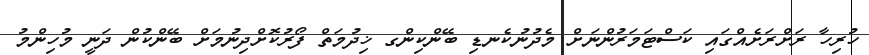
ހުރިހާ ރަށްރަށެއްގައި ކަސްޓަމަރުންނަށް މެދުނުކެނޑި ބޭންކިންގ ޚިދުމަތް ފޯރުކޮށްދިނުމަށް ބޭންކުން ދަނީ މުހިންމު